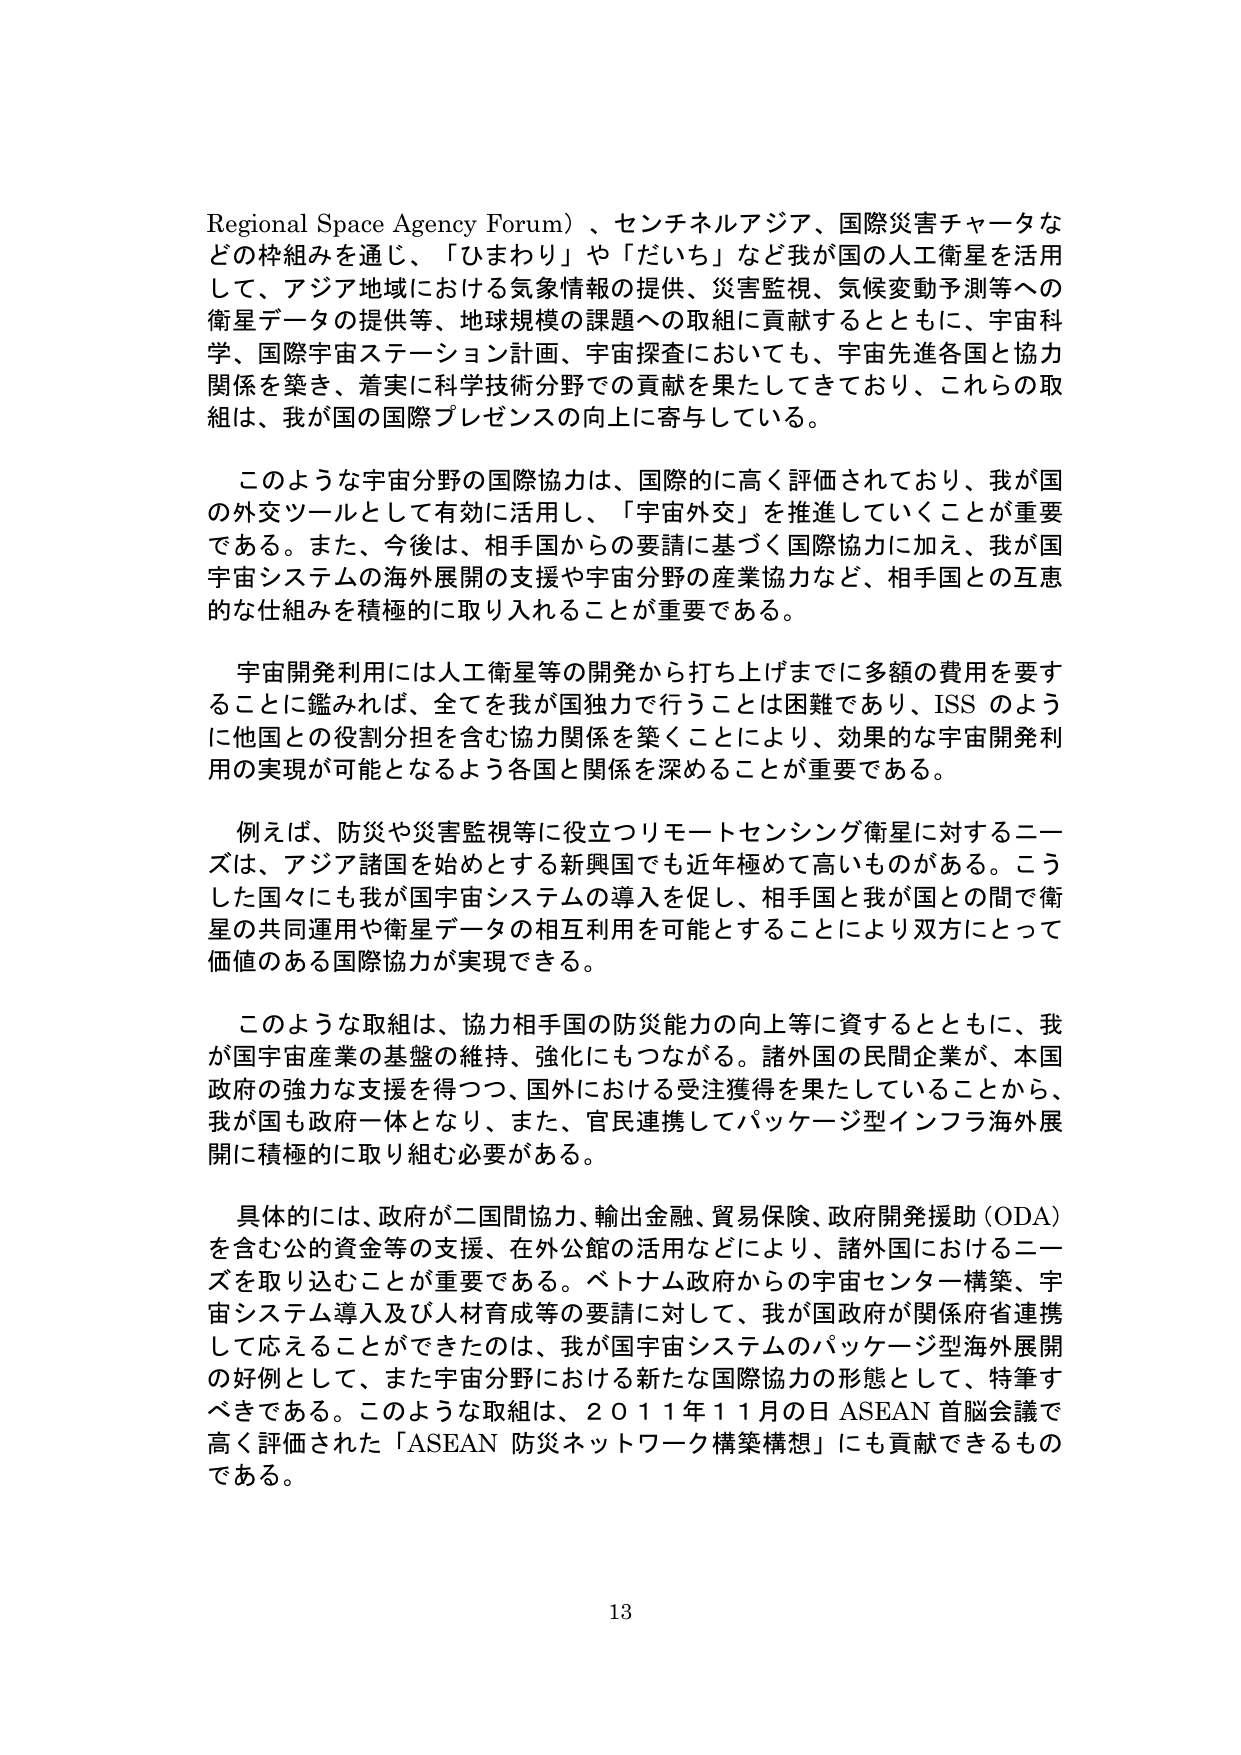
Regional Space Agency Forum）、センチネルアジア、国際災害チャータなどの枠組みを通じ、「ひまわり」や「だいち」など我が国的人工衛星を活用して、アジア地域における気象情報の提供、災害監視、気候変動予測等への衛星データの提供等、地球規模の課題への取組に貢献するとともに、宇宙科学、国際宇宙ステーション計画、宇宙探査においても、宇宙先進各国と協力関係を築き、着実に科学技術分野での貢献を果たしてきており、これらの取組は、我が国の国際プレゼンスの向上に寄与している。

このような宇宙分野の国際協力は、国際的に高く評価されており、我が国の外交ツールとして有効に活用し、「宇宙外交」を推進していくことが重要である。また、今後は、相手国からの要請に基づく国際協力に加え、我が国宇宙システムの海外展開の支援や宇宙分野の産業協力など、相手国との互恵的な仕組みを積極的に取り入れることが重要である。

宇宙開発利用には人工衛星等の開発から打ち上げまでに多額の費用を要することに鑑みれば、全てを我が国独力で行うことは困難であり、ISS のように他国との役割分担を含む協力関係を築くことにより、効果的な宇宙開発利用の実現が可能となるよう各国と関係を深めることが重要である。

例えば、防災や災害監視等に役立つリモートセンシング衛星に対するニーズは、アジア諸国を始めとする新興国でも近年極めて高いものがある。こうした国々にも我が国宇宙システムの導入を促し、相手国と我が国との間で衛星の共同運用や衛星データの相互利用を可能とすることにより双方にとって価値のある国際協力が実現できる。

このような取組は、協力相手国の防災能力の向上等に資するとともに、我が国宇宙産業の基盤の維持、強化にもつながる。諸外国の民間企業が、本国政府の強力な支援を得つつ、国外における受注獲得を果たしていることから、我が国も政府一体となり、また、官民連携してパッケージ型インフラ海外展開に積極的に取り組む必要がある。

具体的には、政府が二国間協力、輸出金融、貿易保険、政府開発援助（ODA）を含む公的資金等の支援、在外公館の活用などにより、諸外国におけるニーズを取り込むことが重要である。ベトナム政府からの宇宙センター構築、宇宙システム導入及び人材育成等の要請に対して、我が国政府が関係府省連携して応えることができたのは、我が国宇宙システムのパッケージ型海外展開の好例として、また宇宙分野における新たな国際協力の形態として、特筆すべきである。このような取組は、２０１１年１１月の日ASEAN首脳会議で高く評価された「ASEAN防災ネットワーク構築構想」にも貢献できるものである。

13